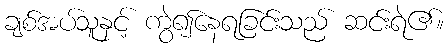
ချစ်အပ်သူနှင့် ကွဲ၍နေရခြင်းသည် ဆင်းရဲ၏။